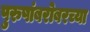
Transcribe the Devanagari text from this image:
पुरुषांबरोबरच्या